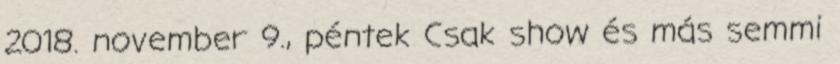
2018. november 9., péntek Csak show és más semmi